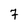
Character: 7